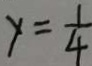
y = \frac { 1 } { 4 }